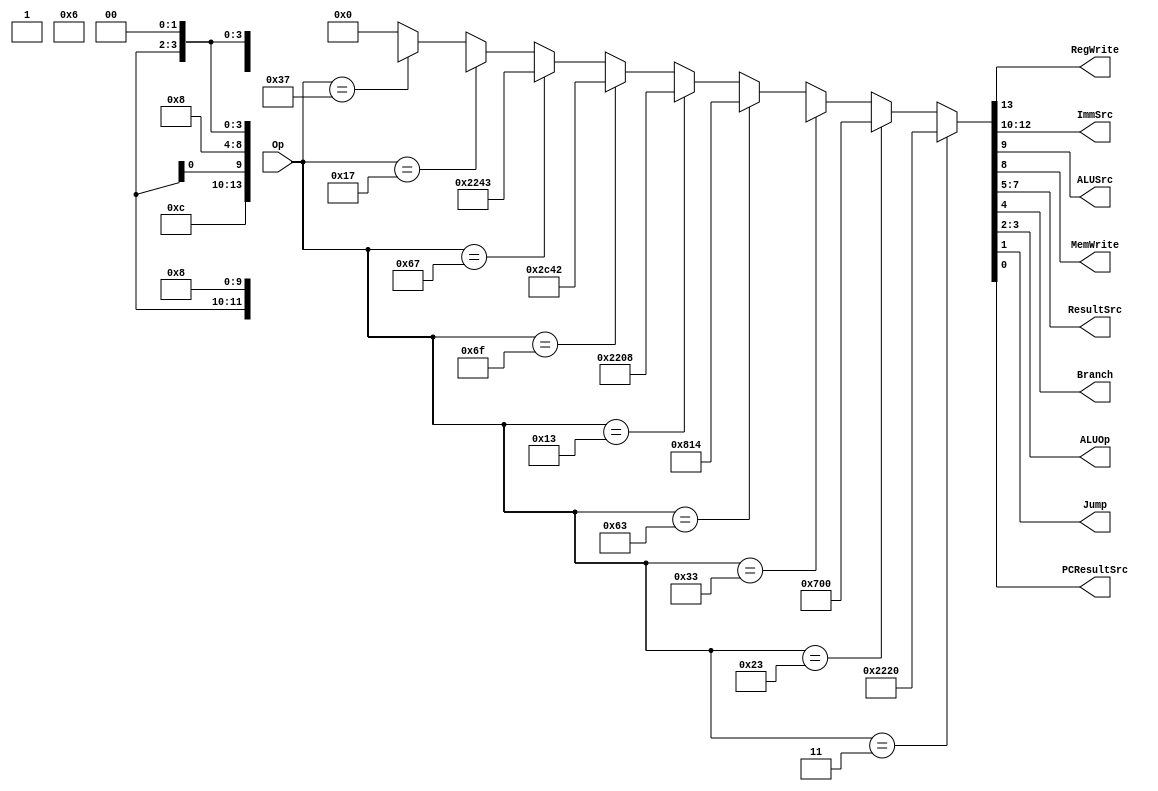
module Main_Decoder(Op, RegWrite, ImmSrc, ALUSrc, MemWrite, ResultSrc, Branch, ALUOp, Jump, PCResultSrc);

	input [6:0] Op;
	output RegWrite, ALUSrc, MemWrite, Branch, PCResultSrc, Jump;
	output [1:0] ALUOp; 
	output [2:0] ImmSrc, ResultSrc;
	
	wire [13:0] Signal_Control; 
	
	assign Signal_Control = (Op == 7'b0000011) ? 14'b10001000100000 : //load
									(Op == 7'b0100011) ? 14'b00011100000000 : //store
									(Op == 7'b0110011) ? 14'b1xxx0000001000 : // R-type
									(Op == 7'b1100011) ? 14'b00100000010100 : // Branch
									(Op == 7'b0010011) ? 14'b10001000001000 :	//I-type
									(Op == 7'b1101111) ? 14'b10110001000010 : //Jal
									(Op == 7'b1100111) ? 14'b10001001000011 : //Jalr
									(Op == 7'b0010111) ? 14'b1100x00110xx00 :	//Auip
									(Op == 7'b0110111) ? 14'b1100x01000xx00 : 14'b00000000000000; //Lui
									
	assign {RegWrite, ImmSrc, ALUSrc, MemWrite, ResultSrc, Branch, ALUOp, Jump, PCResultSrc} = Signal_Control;

endmodule